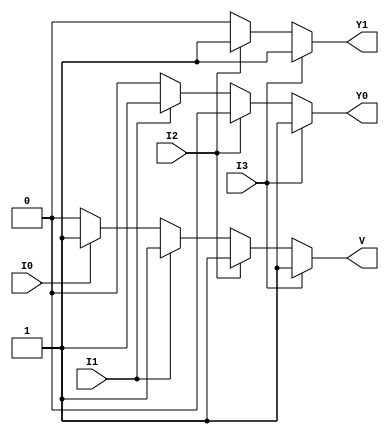
module priority_encoder_4to2 (
    input wire I3,  // Highest priority input
    input wire I2,  // Second highest priority input
    input wire I1,  // Third highest priority input
    input wire I0,  // Lowest priority input
    output reg Y1,  // Output bit 1
    output reg Y0,  // Output bit 0
    output reg V    // Valid output
);

always @(*) begin
    // Default outputs
    Y1 = 0;
    Y0 = 0;
    V = 0;

    // Check inputs in order of priority
    if (I3) begin
        Y1 = 1;
        Y0 = 1;
        V = 1;
    end else if (I2) begin
        Y1 = 1;
        Y0 = 0;
        V = 1;
    end else if (I1) begin
        Y1 = 0;
        Y0 = 1;
        V = 1;
    end else if (I0) begin
        Y1 = 0;
        Y0 = 0;
        V = 1;
    end else begin
        // All inputs are inactive
        Y1 = 0;
        Y0 = 0;
        V = 0;
    end
end

endmodule